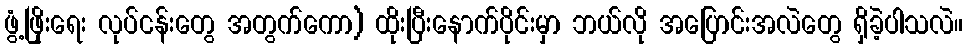
ဖွံ့ဖြိုးရေး လုပ်ငန်းတွေ အတွက်ကော) ထိုးပြီးနောက်ပိုင်းမှာ ဘယ်လို အပြောင်းအလဲတွေ ရှိခဲ့ပါသလဲ။